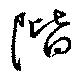
階